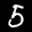
Label: 5